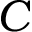
C